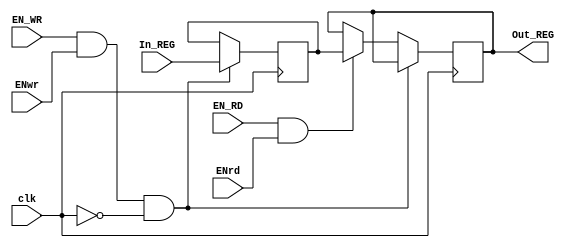
`timescale 1ns / 1ps
//////////////////////////////////////////////////////////////////////////////////
// Company: 
// Engineer: 
// 
// Design Name: 
// Module Name: Registro
// Project Name: 
// Target Devices: 
// Tool Versions: 
// Description: 
// 
// Dependencies: 
// 
// Revision:
// Revision 0.01 - File Created
// Additional Comments:
// 
//////////////////////////////////////////////////////////////////////////////////


module Registro(In_REG,Out_REG,clk,ENwr,EN_RD,ENrd,EN_WR);
input [0:31]In_REG;
output reg [0:31]Out_REG;
input clk,ENwr,EN_RD,ENrd,EN_WR;
reg [0:31]dato;
initial Out_REG=32'b0;
always @ (posedge clk)
begin
if (EN_WR&&ENwr&&~clk)
begin
dato<=In_REG;
end
else if (EN_RD&&ENrd)
begin
Out_REG<=dato;
end
end
endmodule